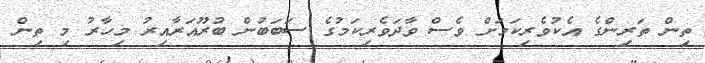
ތިން ތަރިންގެ އެކުވެރިކަމަށް ވެސް ވާދަވެރިކަމުގެ ސަބަބުން ބުރޫއަރާއިރު މިހާރު މި ތިން